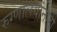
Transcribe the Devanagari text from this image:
रुग्णालयांनाही